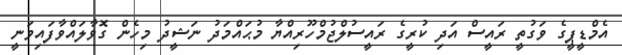
އެމްޑީޕީގެ ވަގުތީ ރައީސް އަދި ކުރީގެ ރައީސުލްޖުމްހޫރިއްޔާ މުޙައްމަދު ނަޝީދު މިހެން ގޮވާލައްވާފައިވަނީ